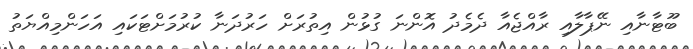
ބޫޓާނާއި ނޭޕާލާއި ރާއްޖެއާ ދެމެދު އޮންނަ ގުޅުން އިތުރަށް ހަރުދަނާ ކުރުމަށްޓަކައި އަހަންމިއްޔަތު